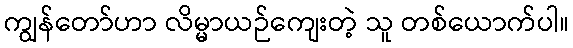
ကျွန်တော်ဟာ လိမ္မာယဉ်ကျေးတဲ့ သူ တစ်ယောက်ပါ။